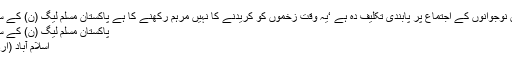
حکومت پنجاب کی پشتون نوجوانوں کے اجتماع پر پابندی تکلیف دہ ہے ‘یہ وقت زخموں کو کریدنے کا نہیں مرہم رکھنے کا ہے پاکستان مسلم لیگ (ن) کے سینیٹر پرویز رشید کا بیان
پاکستان مسلم لیگ (ن) کے سینیٹر پرویز رشید کا بیان
اسلام آباد (اُردو پوائنٹ اخبارتازہ ترین۔